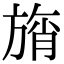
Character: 旓